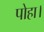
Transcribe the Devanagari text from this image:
पोहा।